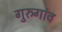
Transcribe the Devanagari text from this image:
गुरुगांव